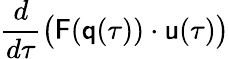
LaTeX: \frac{d}{d\tau}\big({\textbf{\textsf{F}}}({\textbf{\textsf{q}}}(\tau))\cdot{\textbf{\textsf{u}}}(\tau)\big)